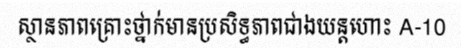
ស្ថានភាពគ្រោះថ្នាក់មានប្រសិទ្ធភាពជាងយន្តហោះ A-10